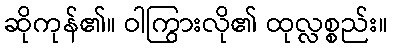
ဆိုကုန်၏။ ဝါကြွားလို၏ ထုလ္လစ္စည်း။